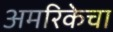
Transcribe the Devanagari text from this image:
अमरिकेचा